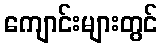
ကျောင်းများတွင်